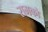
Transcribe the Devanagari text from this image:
रामको